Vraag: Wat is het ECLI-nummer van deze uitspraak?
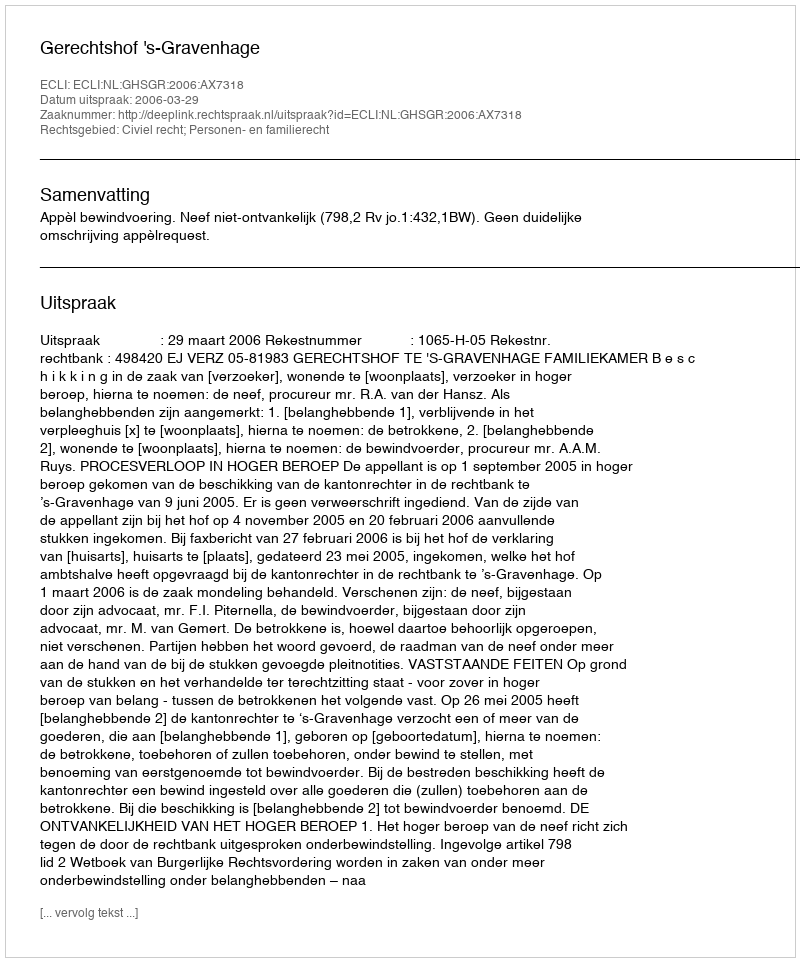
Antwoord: ECLI:NL:GHSGR:2006:AX7318